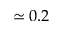
\simeq 0 . 2